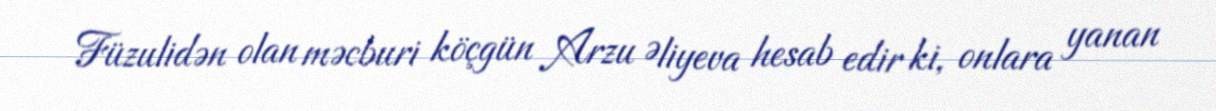
Füzulidən olan məcburi köçgün Arzu Əliyeva hesab edir ki, onlara yanan